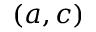
( a , c )